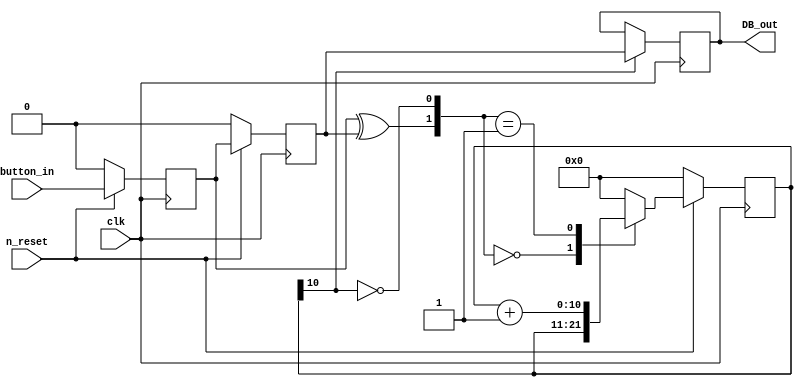
module  DeBounce 
	(
	input 		clk, n_reset, button_in, // inputs
	output reg 	DB_out					 // output
	);
//// ---------------- internal constants --------------
	parameter N = 11 ; // (2^ (21-1) )/ 38 MHz = 32 ms debounce time
////---------------- internal variables ---------------
	reg  [N-1 : 0]	q_reg; // timing regs
	reg  [N-1 : 0]	q_next;
	reg  DFF1, DFF2; // input flip-flops
	wire q_add;		 // control flags
	wire q_reset;
//// ------------------------------------------------------

////contenious assignment for counter control
	assign q_reset = (DFF1  ^ DFF2); // xor input flip flops to look for level change to reset counter
	assign  q_add = ~(q_reg[N-1]);	 // add to counter when q_reg msb is equal to 0
	
//// combo counter to manage q_next	
	always @ ( q_reset, q_add, q_reg)
		begin
			case( {q_reset , q_add})
				2'b00 :   q_next <= q_reg;
				2'b01 :   q_next <= q_reg + ({{(N-1){1'b0}}, 1'b1});
				default : q_next <= { N {1'b0} };
			endcase 	
		end
	
//// Flip flop inputs and q_reg update
	always @ ( posedge clk )
		begin
			if(n_reset ==  1'b0)
				begin
					DFF1  <= 1'b0;
					DFF2  <= 1'b0;
					q_reg <= { N {1'b0} };
				end
			else
				begin
					DFF1  <= button_in;
					DFF2  <= DFF1;
					q_reg <= q_next;
				end
		end
	
//// counter control
	always @ ( posedge clk )
		begin
			if(q_reg[N-1] == 1'b1)
					DB_out <= DFF2;
			else
					DB_out <= DB_out;
		end

	endmodule